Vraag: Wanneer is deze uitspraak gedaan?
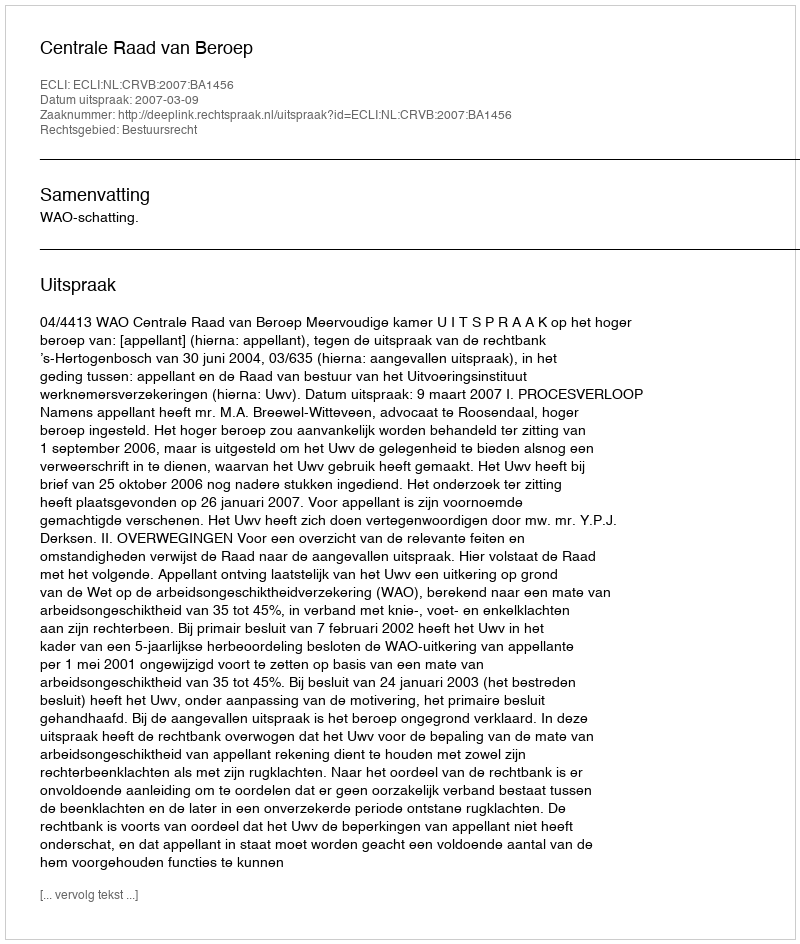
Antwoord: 2007-03-09